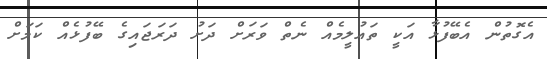
އެގޮތުން އެބޭފުޅާ އަކީ ތައުލީމެއް ނެތް ވަރަށް ދަށު ދަރަޖައިގެ ބޭފުޅެއް ކަމަށް